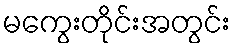
မကွေးတိုင်းအတွင်း